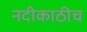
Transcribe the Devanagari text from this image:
नदीकाठीच